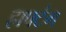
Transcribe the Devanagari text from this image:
हाफ्टंग